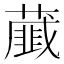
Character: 𦿱